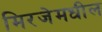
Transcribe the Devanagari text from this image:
मिरजेमधील